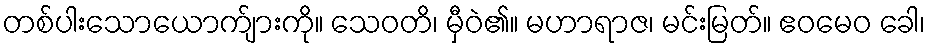
တစ်ပါးသောယောက်ျားကို။ သေဝတိ၊ မှီဝဲ၏။ မဟာရာဇ၊ မင်းမြတ်။ ဧဝမေဝ ခေါ၊